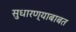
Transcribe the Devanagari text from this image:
सुधारण्याबाबत